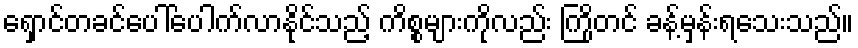
ရှောင်တခင်ပေါ်ပေါက်လာနိုင်သည့် ကိစ္စများကိုလည်း ကြိုတင် ခန့်မှန်းရသေးသည်။